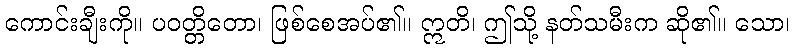
ကောင်းချီးကို။ ပဝတ္တိတော၊ ဖြစ်စေအပ်၏။ ဣတိ၊ ဤသို့ နတ်သမီးက ဆို၏။ သော၊